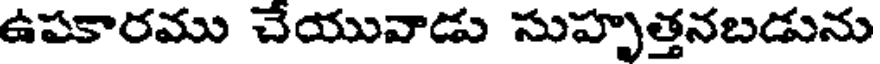
ఉపకారము చేయువాడు సుహృత్తనబడును